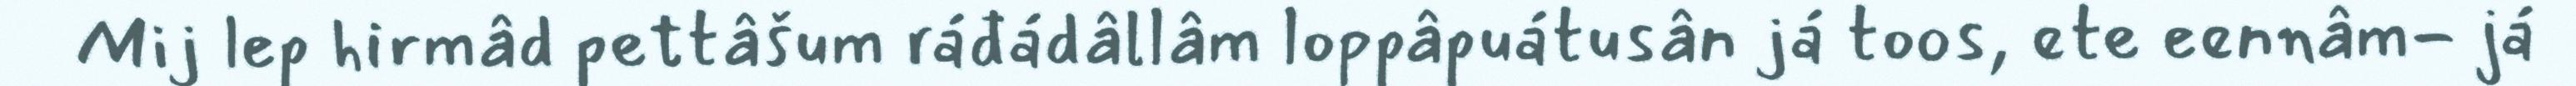
Mij lep hirmâd pettâšum ráđádâllâm loppâpuátusân já toos, ete eennâm- já